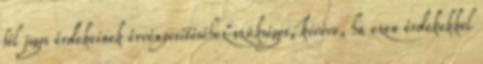
fél jogos érdekeinek érvényesítéséhez szükséges, kivéve, ha ezen érdekekkel